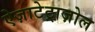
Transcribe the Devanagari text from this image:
ऐज़ाटेट्राज़ोल